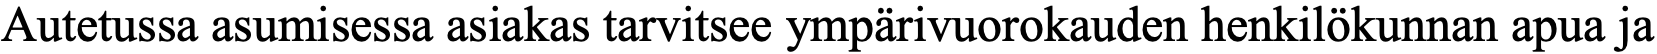
Autetussa asumisessa asiakas tarvitsee ympärivuorokauden henkilökunnan apua ja